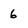
Character: 6